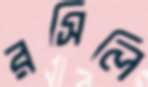
রসিলি